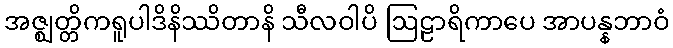
အဇ္ဈတ္တိကရူပါဒိနိဿိတာနိ သီလဝါပိ ဩဠာရိကာပေ အာပန္နဘာဝံ